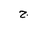
Letter: _gim